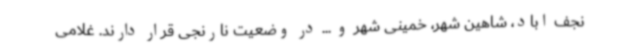
نجف اباد، شاهین شهر، خمینی شهر و ... در وضعیت نارنجی قرار دارند. غلامی